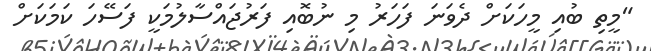
"މީތި ބުއި މީހަކަށް ދެވަނަ ފަހަރު މި ނުބޮއި ފަރުޖައްސާލުމަކީ ފަސޭހަ ކަމަކަށް